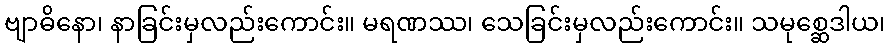
ဗျာဓိနော၊ နာခြင်းမှလည်းကောင်း။ မရဏဿ၊ သေခြင်းမှလည်းကောင်း။ သမုစ္ဆေဒါယ၊